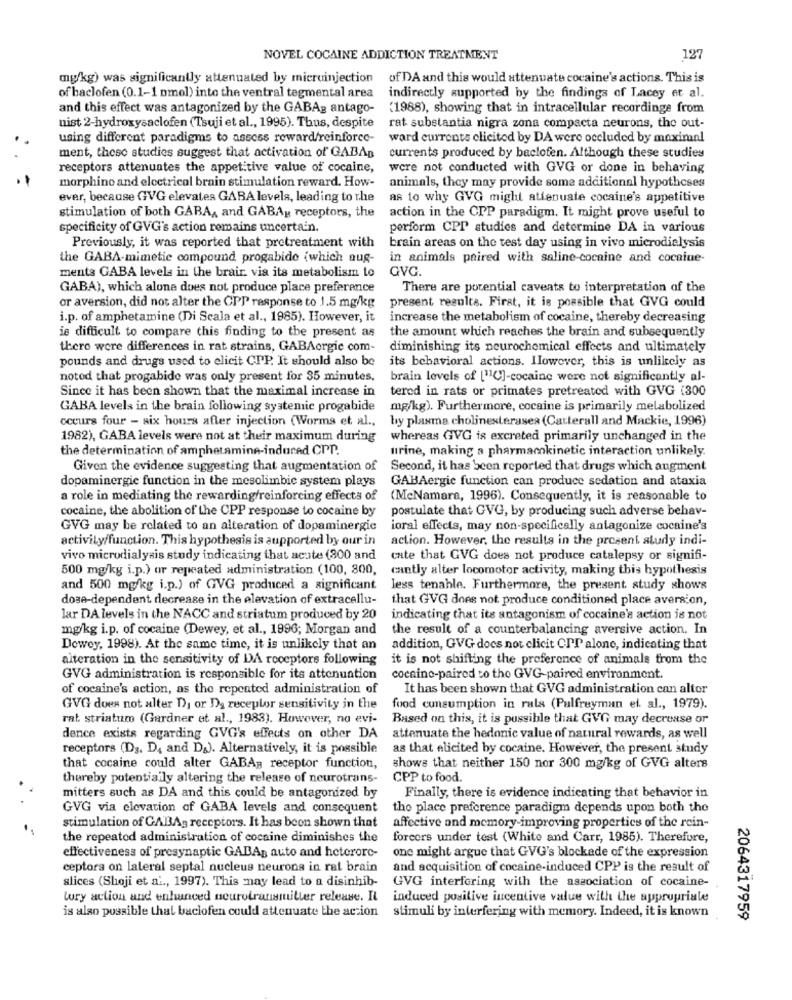
NOVEL COCAINE ADDICTION TREATMENT
127
mg/kg) was significantly attenuated by microinjection
of DA and this would attenuate cocaine's actions. This is
of baclofen (0.1-1 omol) into the ventral tegmental area
indirectly supported by the findings of Lacey et al.
and this effect was antagonized by the GABAg antago-
(1988), showing that in intracellular recordinge from
nist 2-hydroxysaclofen (Tsuji et al ., 1995). Thus, despite
rat substantia nigra zona compacta neurons, the out-
using different paradigms to assess reward/reinforce-
ward currents clicited by DA were occluded by maximaal
ment, these studies suggest that activation of GABAp
currents produced by baclofen. Although these studies
receptors attenuates the appetitive value of cocaine,
were not conducted with GVG or done in behaving
morphine and electrical brain stimulation reward. How-
animals, they may provide some additional hypotheses
ever, because GVG elevates GABA levels, leading to the
as to why GVG might attenuate cocaine's appetitive
stimulation of both GABA, and GABAy receptors, the
action in the CPP paradigm. It might prove useful to
specificity of GVG's action remains uncertain.
perform CPP studies and determine DA in various
Previously, it was reported that pretreatment with
brain areas on the test day using in vivo microdialysis
the GABA-mimetic compound progabide (which aug-
in animals paired with saline-cocaine and cocaine-
ments GABA levels in the brain. via its metabolism Lo
GVC.
GABA), which alone does not produce place preference
There are potential caveats to interpretation of the
or aversion, did not alter the CPP response to 1.5 mg/kg
present results. First, it is possible that GVG could
i.p. of amphetamine (Di Scala et al ., 1985). However, it
increase the metabolism of cocaine, thereby decreasing
is difficult to compare this finding to the present as
the amount which reaches the brain and subsequently
there were differences in rat strains, GABAorgie com-
diminishing its neurochemical effects and ultimately
pounds and drugs used to elicit CPP. It should also be
its behavioral actions. However, this is unlikely as
noted that progabide was only present for 35 minutes.
brain levels of [110]-cocaine were not significantly al-
Since it has been shown that the maximal increase in
tered in rats or primates pretreated with GVG (300
GABA levels in the brain following systemie progabide
mg/kg). Furthermore, cocaine is primarily melabolized
occurs four - six hours after injection (Worms et al .,
by plasma cholinesterasea (Catterall and Mackie, 1996)
1982), GABA levels were not at their maximum during
whereas GVG is excreted primarily unchanged in the
the determination of amphetamine-induced CPT.
urine, making a pharmacokinetic interaction unlikely.
Given the evidence suggesting that augmentation of
Second, it has been reported that drugs which augment
dopaminergie function in the mesolimbic system plays
GABAergie function can produce sedation and ataxia
a role in mediating the rewarding/reinforcing effects of
(McNamara, 1996). Consequently, it is reasonable to
cocaine, the abolition of the CPP response to cocaine by
postulate that GVG, by producing such adverse behav-
GVG may be related to an alteration of dopaminergic
ioral effects, may non-specifically antagonize cocaine's
activity/function. This hypothesis is aupported by our in
action. However, the results in the present study indi-
vivo microdialysis study indicating that acute (300 and
cate that GVG does not produce catalepsy or signifi-
500 mg/kg i.p.) or repeated administration (100, 800,
cantly alter locomotor activity, making this hypothesis
and 500 mg/kg i.p.) of GVG produced a significant
less tenable. Furthermore, the present study shows
dosa-dependent decrease in the elevation of extracellu-
that GVG does not produce conditioned place aversion,
lar DA levels in the NACC and striatum produced by 20
indicating that its antagonism of cocaine's action is not
mg/kg i.p. of cocaine (Dewey, et al ., 1996; Morgan and
the result of a counterbalancing aversive action. In
Dewey, 1998). At the same time, it is unlikely that an
addition, GVG does not clicit CPP alone, indicating that
alteration in the sensitivity of DA receptors following
it is not shifting the preference of animals from the
GVG administration is responsible for its attenuation
cocaine-paired to the GVG-paired environment.
of cocaine's action, as the repeated administration of
It has been shown that GVG administration can alter
GVG does not alter D), or Da receptor sensitivity in the
food consumption in rats (Pulfreyman el. al ., 1979).
rat striatum (Gardner et al ., 1983). However, na evi-
Based on this, it is possible that GVG may decrease or
dence exists regarding GVG's effects on other DA
attenuate the hedonic value of natural rewards, as well
receptors (Ds, D4 and D&). Alternatively, it is possible
as that elicited by cocaine. However, the present study
that cocaine could alter GABA; receptor function,
shows that neither 150 nor 300 mg/kg of GVG alters
thereby potentially altering the release of neurotrans-
CPP to food.
mitters such as DA and this could be antagonized by
Finally, there is evidence indicating that behavior in
GVG via elevation of GABA levels and consequent
the place preference paradigm depends upon both the
stimulation of GABAg receptors. It has been shown that
affective and memory-improving properties of the rein-
the repeated administration of cocaine diminishes the
forcers under test (White and Carr, 1985). Therefore,
effectiveness of presynaptic GABAs auto and heterore-
one might argue that GVG's blockade of the expression
ceptors on lateral septal nucleus neurons in rat brain
and acquisition of cocaine-induced CPP is the result of
slices (Shoji et al ., 1997). This may lead to a disinhib-
GVG interfering with the association of cocaine-
tury action and enhanced neurotransmitter release. Il induced positive incentive value with the appropriate
is also possible that baclofen could attenuate the action stimuli by interfering with memory. Indeed, it is known
2064317959